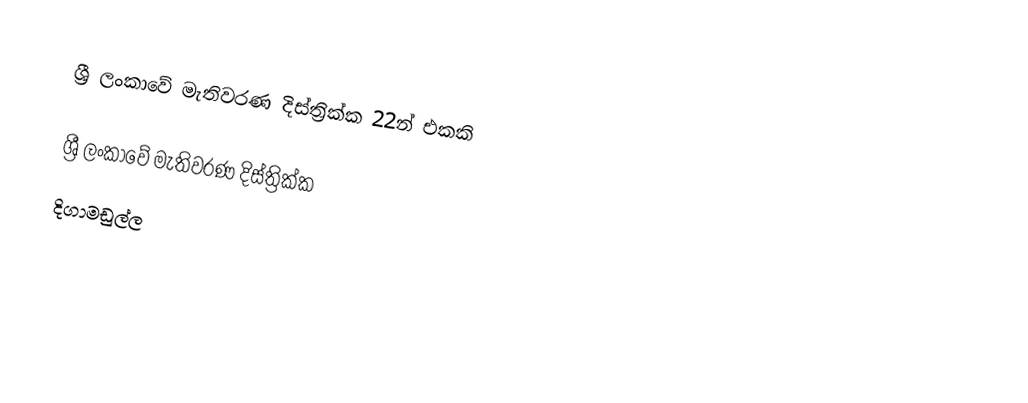
ශ්‍රී ලංකාවේ මැතිවරණ දිස්ත්‍රික්ක 22න් එකකි

ශ්‍රී ලංකාවේ මැතිවරණ දිස්ත්‍රික්ක
දිගාමඩුල්ල